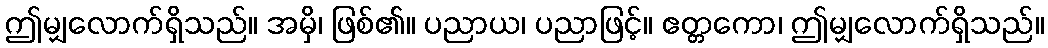
ဤမျှလောက်ရှိသည်။ အမှိ၊ ဖြစ်၏။ ပညာယ၊ ပညာဖြင့်။ ဧတ္တကော၊ ဤမျှလောက်ရှိသည်။